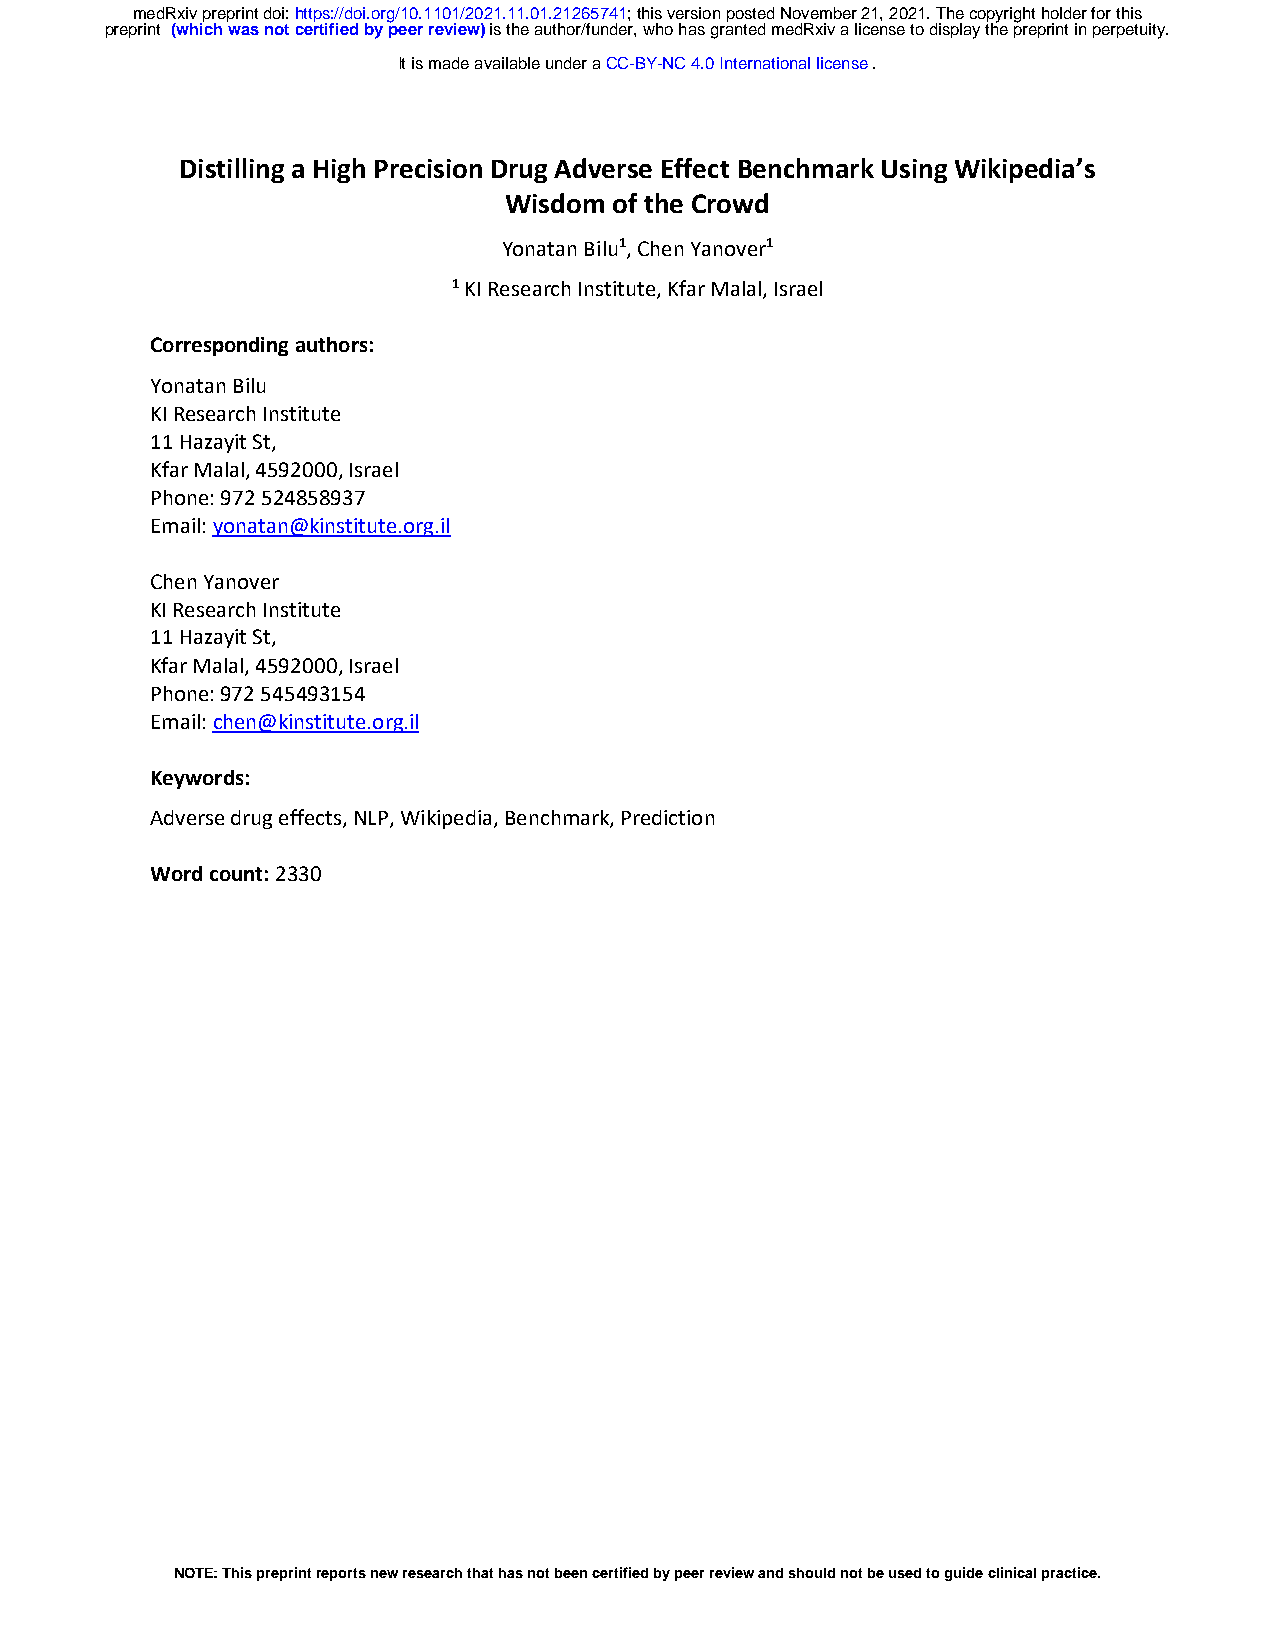
medRxiv preprint doi: https://doi.org/10.1101/2021.11.01.21265741; this version posted November 21, 2021. The copyright holder for this
 preprint (which was not certified by peer review) is the author/funder, who has granted medRxiv a license to display the preprint in perpetuity.
 It is made available under a CC-BY-NC 4.0 International license .
 Distilling a High Precision Drug Adverse Effect Benchmark Using Wikipedia’s
 Wisdom  of the Crowd
 Yonatan Bilu1, Chen Yanover1
 1 KI Research Institute, Kfar Malal, Israel
 Corresponding authors:
 Yonatan Bilu
 KI Research Institute
 11 Hazayit St,
 Kfar Malal, 4592000, Israel
 Phone: 972 524858937
 Email: yonatan@kinstitute.org.il
 Chen Yanover
 KI Research Institute
 11 Hazayit St,
 Kfar Malal, 4592000, Israel
 Phone: 972 545493154
 Email: chen@kinstitute.org.il
 Keywords:
 Adverse drug effects, NLP, Wikipedia, Benchmark, Prediction
 Word count: 2330
 NOTE: This preprint reports new research that has not been certified by peer review and should not be used to guide clinical practice.